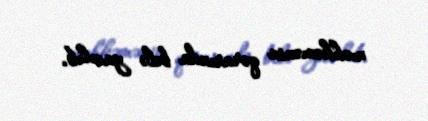
məhkəmənin qərarında belə yazılıb.